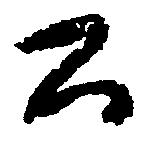
公